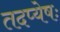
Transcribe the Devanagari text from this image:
तदप्येषः